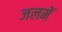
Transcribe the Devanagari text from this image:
जलमें